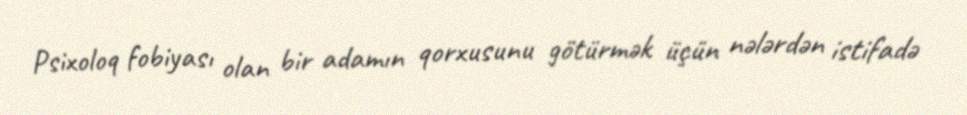
Psixoloq fobiyası olan bir adamın qorxusunu götürmək üçün nələrdən istifadə